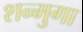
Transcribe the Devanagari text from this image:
शन्मुगा